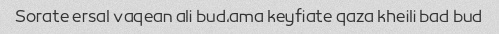
Sorate ersal vaqean ali bud,ama keyfiate qaza kheili bad bud